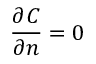
\displaystyle { \frac { \partial C } { \partial n } = 0 }